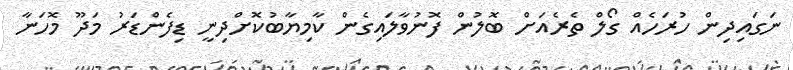
ނަގައިދިން ހުރަހެއް ގޯލް ތެރެއަށް ބޮލުން ފޮނުވާލައިގެން ކާމިޔާބުކޮށްދިނީ ޑިފެންޑަރު މަދޫ މޮހަނާ